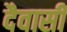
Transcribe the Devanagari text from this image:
दैवासी